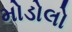
મોડોલો